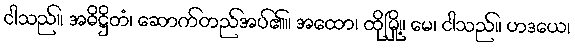
ငါသည်။ အဓိဋ္ဌိတံ၊ ဆောက်တည်အပ်၏။ အထော၊ ထိုမြို့။ မေ၊ ငါသည်။ ဟဒယေ၊